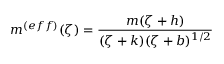
m ^ { ( e f f ) } ( \zeta ) = \frac { m ( \zeta + h ) } { ( \zeta + k ) ( \zeta + b ) ^ { 1 / 2 } }